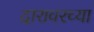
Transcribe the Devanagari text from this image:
दारावरच्या